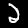
Digit: 2